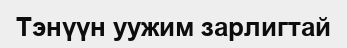
Тэнүүн уужим зарлигтай